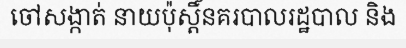
ចៅសង្កាត់ នាយប៉ុស្តិ៍នគរបាលរដ្ឋបាល និង